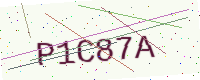
Text: P1C87A